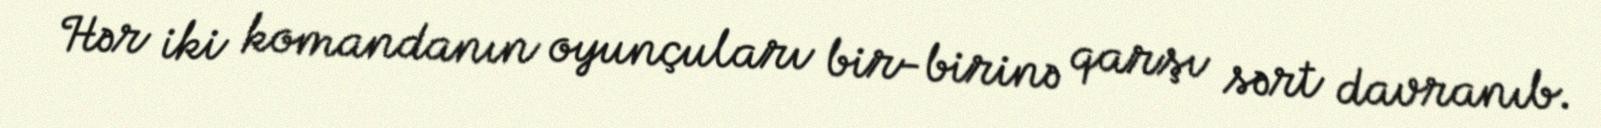
Hər iki komandanın oyunçuları bir-birinə qarşı sərt davranıb.